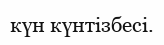
күн күнтізбесі.